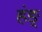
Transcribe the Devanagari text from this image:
हंङ्